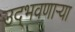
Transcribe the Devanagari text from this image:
उद्‌भवणाऱ्या